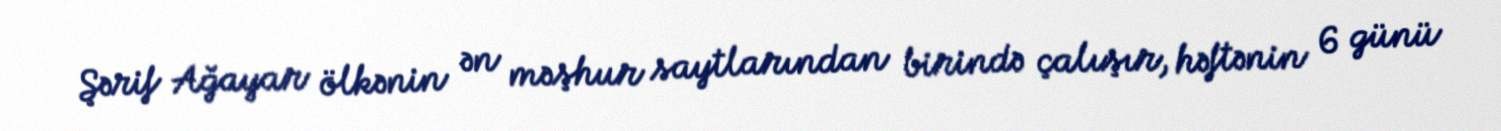
Şərif Ağayar ölkənin ən məşhur saytlarından birində çalışır, həftənin 6 günü